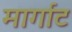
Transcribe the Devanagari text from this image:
मार्गाट